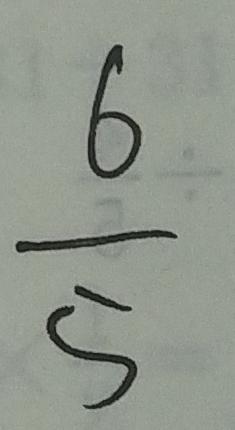
\frac { 6 } { 5 }